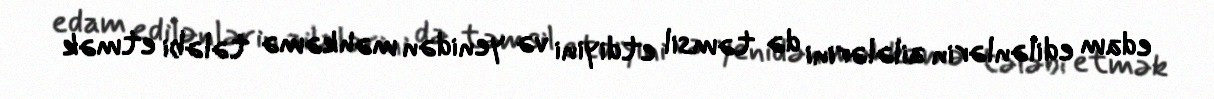
edam edilənlərin ailələrini də təmsil etdiyini və yenidən məhkəmə tələbi etmək